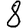
Digit: 8